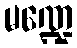
မဏ္ဍေ